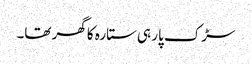
سڑک پار ہی ستارہ کا گھر تھا۔